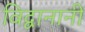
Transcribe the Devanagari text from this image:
विद्वानानी